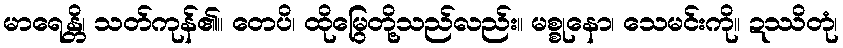
မာရေန္တိ၊ သတ်ကုန်၏။ တေပိ၊ ထိုမြွေတို့သည်လည်း။ မစ္စုနော၊ သေမင်းကို။ ဍဿိတုံ၊